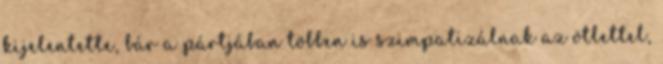
kijelentette, bár a pártjában többen is szimpatizálnak az ötlettel,